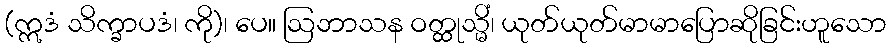
(ဣဒံ သိက္ခာပဒံ၊ ကို)၊ ပေ။ ဩဘာသန ဝတ္ထုသ္မိံ၊ ယုတ်ယုတ်မာမာပြောဆိုခြင်းဟူသော